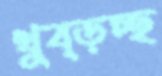
থুব্‌ড়চ্ছ